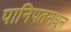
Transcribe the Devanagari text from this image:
पानिपतमधून